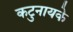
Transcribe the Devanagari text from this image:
कटुनायके